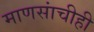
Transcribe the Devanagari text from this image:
माणसांचीही